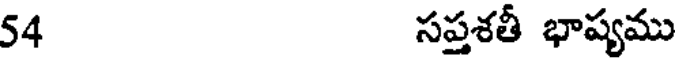
54 సప్తశతీ భాష్యము